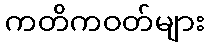
ကတိကဝတ်များ